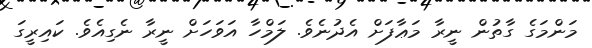
މަންމަގެ ގާތުން ނީރާ މަޢާފަށް އެދުނެވެ. ލަމްހާ އަވަހަށް ނީރާ ނެގިއެވެ. ކައިރީގަ